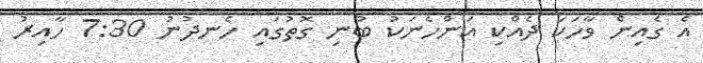
އެ ގެއިން ވާހަކަ ދެއްކި އަންހެނަކު ބުނި ގޮތުގައި ހެނދުނު 7:30 ހާއިރު